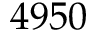
4 9 5 0